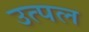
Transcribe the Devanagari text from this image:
उत्‍पल